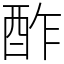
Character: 酢